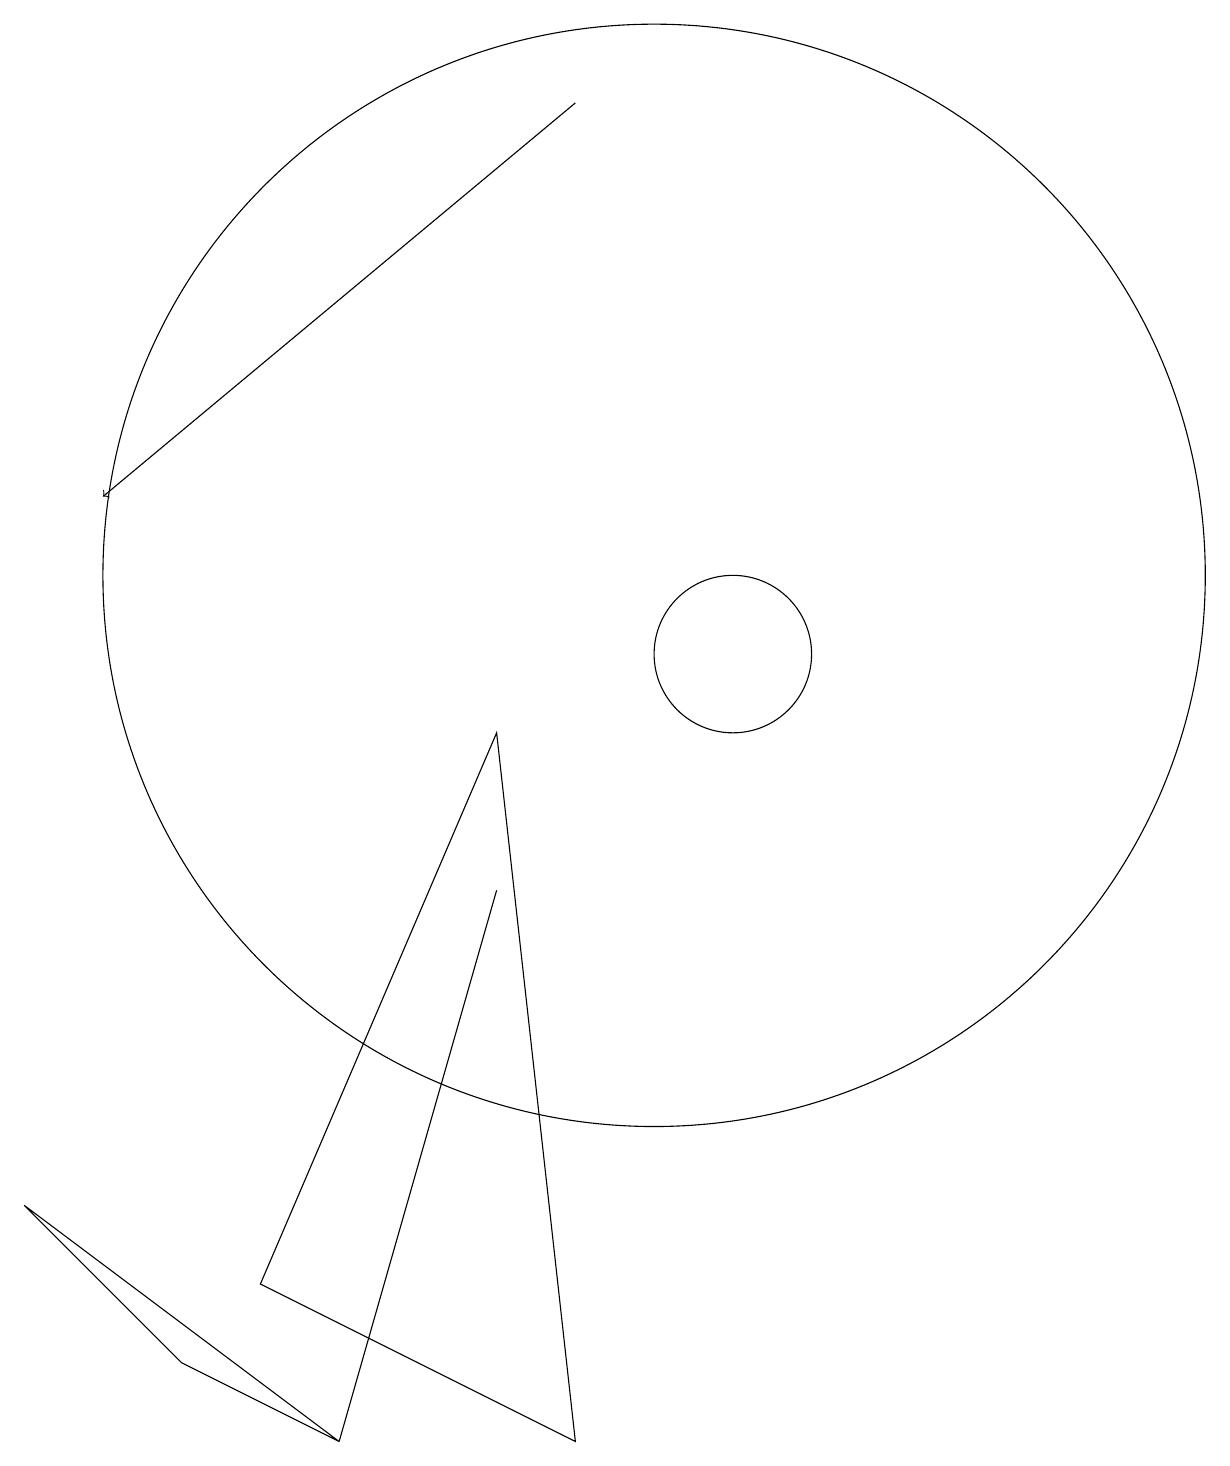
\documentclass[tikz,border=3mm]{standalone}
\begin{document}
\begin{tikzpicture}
\draw (6,0) -- (2,3) -- (4,1) -- cycle;
\draw (10,11) circle (7);
\draw[->] (9,17) -- (3,12);
\draw (5,2) -- (9,0) -- (8,9) -- cycle;
\draw (6,0) -- (8,7) -- (6,0) -- cycle;
\draw (11,10) circle (1);
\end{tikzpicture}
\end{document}